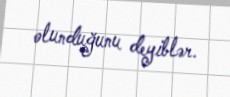
olunduğunu deyiblər.